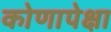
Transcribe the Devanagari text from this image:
कोणापेक्षा